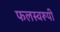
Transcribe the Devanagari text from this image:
फलस्वरूपी